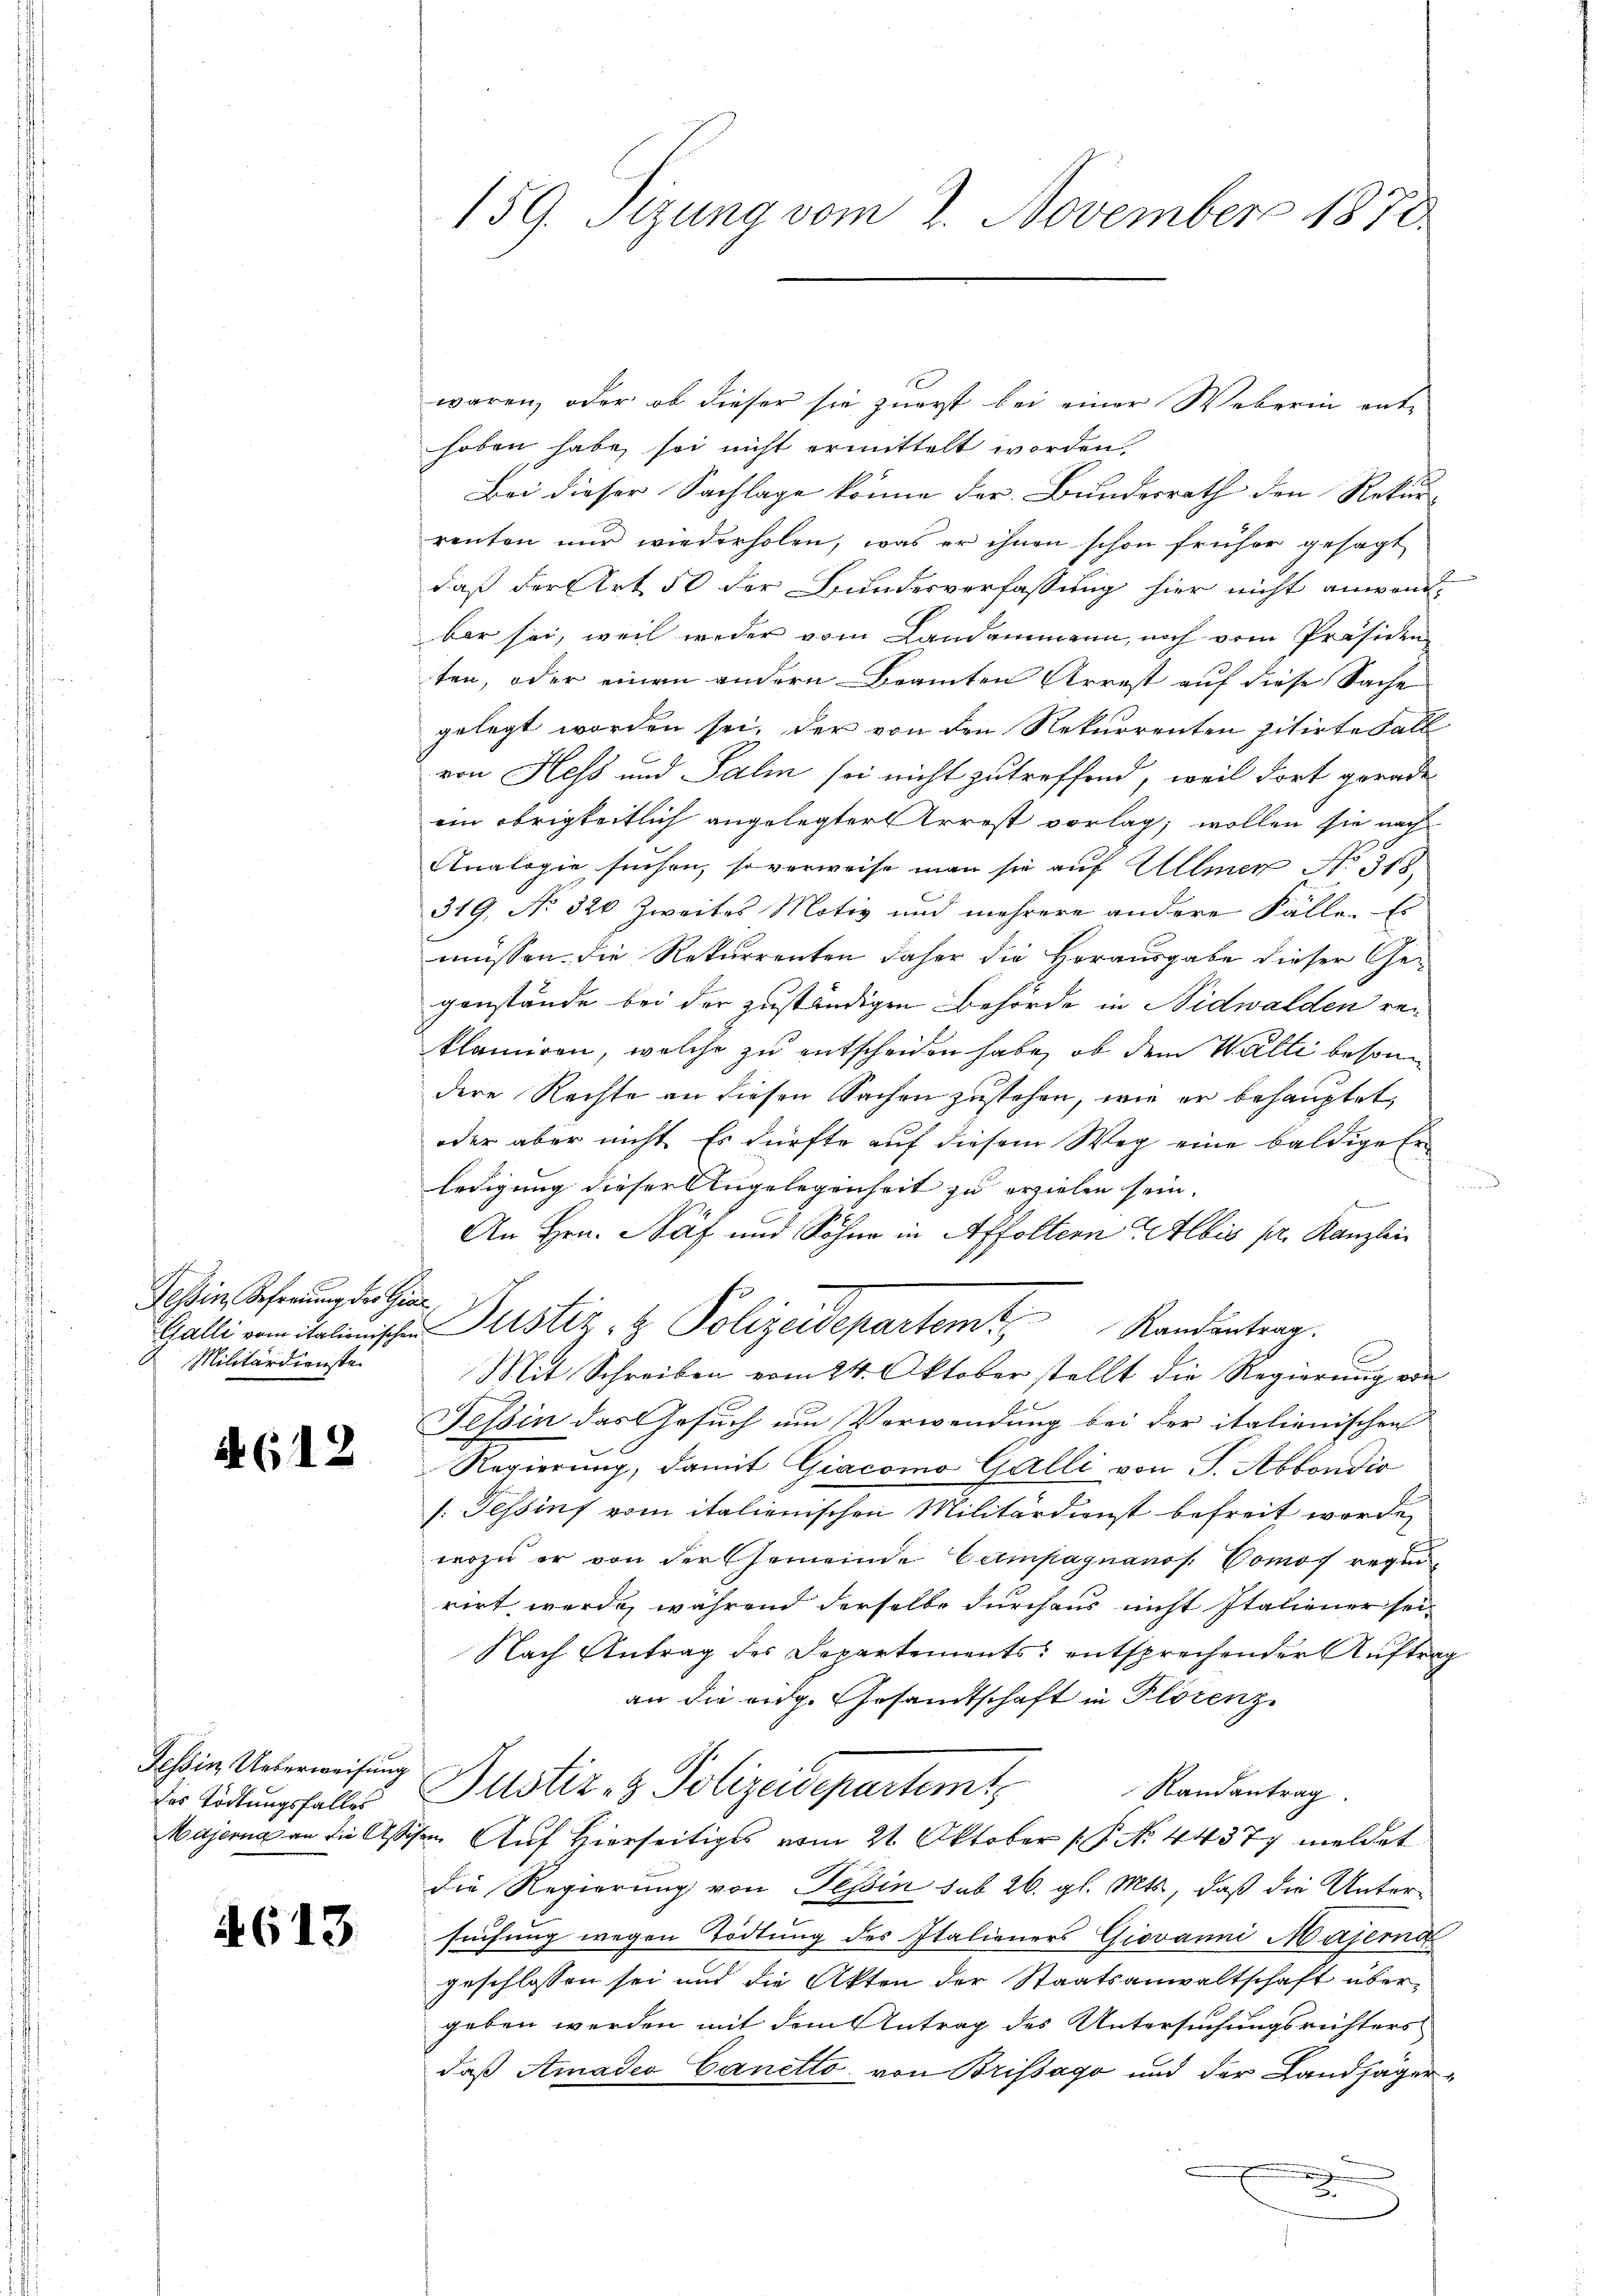
Tessin, Referung der Gier
Militärdienste

a (12

Tessin Ueberweisung
des Tödtungsfalles

4613.

159. Sizung vom 2. November 1870.

waren, oder ob dieser sie zuerst bei einer Weberin enthoben habe, sei nicht ermittelt worden.
Bei dieser Sachlage könne der Bundesrath den Rekur-
renten nur wiederholen, was er ihnen schon früher gesagt
daß der Art 50 der Bundesverfassung hier nicht anwendbar sei, weil weder vom Landammann, noch vom Präsiden
ten, oder einen andern Beamten Arrest auf diese Sache
gelegt worden sei, der von den Rekurrenten zitirte Fall
von Hess und Salin sei nicht zutreffend, weil dort gerade
ein obrigkeitlich angelegter Arrest vorlag, wollen sie nach
Analogie suchen, so verweise man sie auf Ullmer No. 318.
319. No 320 Zweites Motiv und mehrere andere Fälle. Es
müssen. Die Rekurrenten daher die Herausgabe dieser Ge-
genstände bei der zuständigen Behörde in Nidwalden re-
klamiren, welche zu entscheiden habe, ob dem Walli besondere Rechte an diesen Sachen zustehen, wie er behauptet,
oder aber nicht. Es dürfte auf diesem Weg eine baldige Er
ledigung dieser Angelegenheit zu erzielen sein.
e
An Hrn. Näf und Söhne in Affoltern Albis pr. Kanzlei
Galli vom linischen Pustiz- & Polizeidepartem Randantenz.
E
Mit Schreiben vom 24. Oktober stellt die Regierung von
Tessin das Gesuch um Verwendung bei der italienischen
Regierung, damit Giacomo Galli von J. Abbondio
/. Tessins vom italienischen Militärdienst befreit werde,
wozu er von der Gemeinde Campagnanos. Comos regirirt werde, während derselbe durchaus nicht Italiener sei
Nach Antrag des Departements entsprechender Auftrag
an die eidg. Gesamtschaft in Florenz
Justiz- & Polizeidepartemt.             Randantrag.
Majerna an die Aschen Auf Hierseitiges vom 21. Oktober (P No 44377 meldet
die Regierung von Tessin sub 26. gl. Mts., daß die Unter-
suchung wegen Tödtung des Italieners Giovanni Materna
geschlossen sei und die Akten der Staatsanwaltschaft übergeben werden mit dem Antrag des Untersuchungsrichters
daß Amadio Canetto von Brissago und der Landjäger¬

2

n